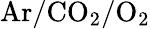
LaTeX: \mathrm{Ar/CO_{2}/O_{2}}